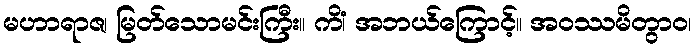
မဟာရာဇ၊ မြတ်သောမင်းကြီး။ ကိံ၊ အဘယ်ကြောင့်။ အဝဿမိတွာဝ၊